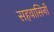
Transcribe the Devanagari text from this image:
सहवासिनी